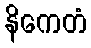
နိကေတံ